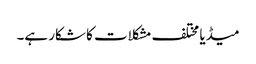
میڈیا مختلف مشکلات کا شکار ہے۔